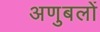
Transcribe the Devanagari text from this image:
अणुबलों